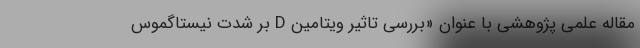
مقاله علمی پژوهشی با عنوان «بررسی تاثیر ویتامین D بر شدت نیستاگموس